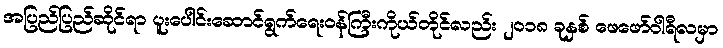
အပြည်ပြည်ဆိုင်ရာ ပူးပေါင်းဆောင်ရွက်ရေးဝန်ကြီးကိုယ်တိုင်လည်း ၂ဝ၁၈ ခုနှစ် ဖေဖော်ဝါရီလမှာ